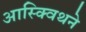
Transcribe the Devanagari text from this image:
आस्क्विथने